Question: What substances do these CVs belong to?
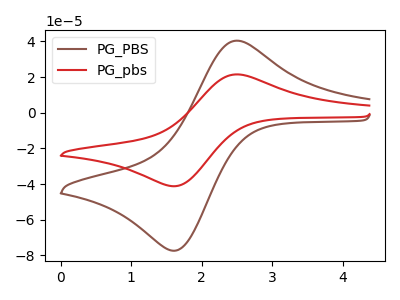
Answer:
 <answer>The brown curve is labeled "PG_PBS". The red curve is labeled "PG_pbs".</answer>
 <eval></eval>